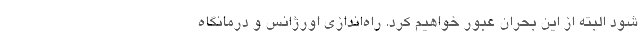
شود البته از این بحران عبور خواهیم کرد. راه‌اندازی اورژانس و درمانگاه